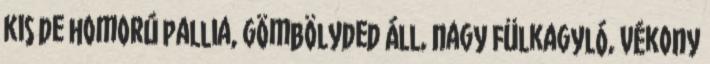
kis de homorú pallia, gömbölyded áll, nagy fülkagyló, vékony